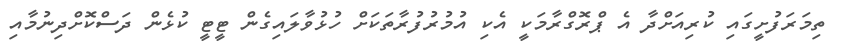
ތިމަރަފުށީގައި ކުރިއަށްދާ އެ ޕްރޮގްރާމަކީ އެކި އުމުރުފުރާތަކަށް ހުޅުވާލައިގެން ޓީޓީ ކުޅެން ދަސްކޮށްދިނުމާއި